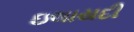
ઇલાયદી